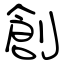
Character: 創